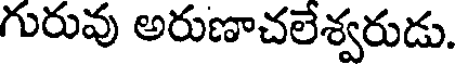
గురువు అరుణాచలేశ్వరుడు.